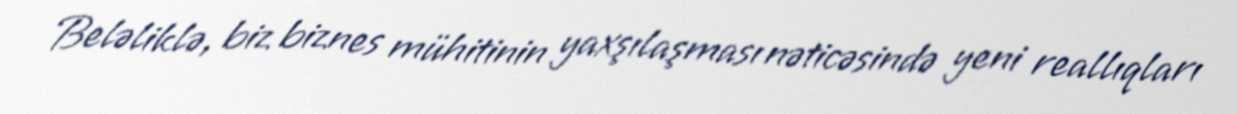
Beləliklə, biz biznes mühitinin yaxşılaşması nəticəsində yeni reallıqları